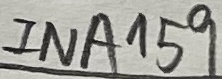
Text: INA159